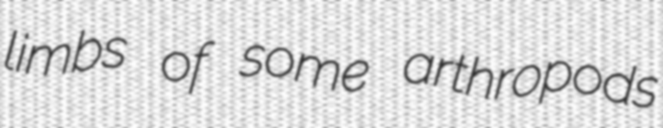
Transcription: limbs of some arthropods